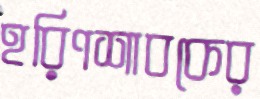
হরিণশাবকের